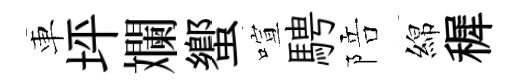
車坪斕蠁喧騁陪綿穉